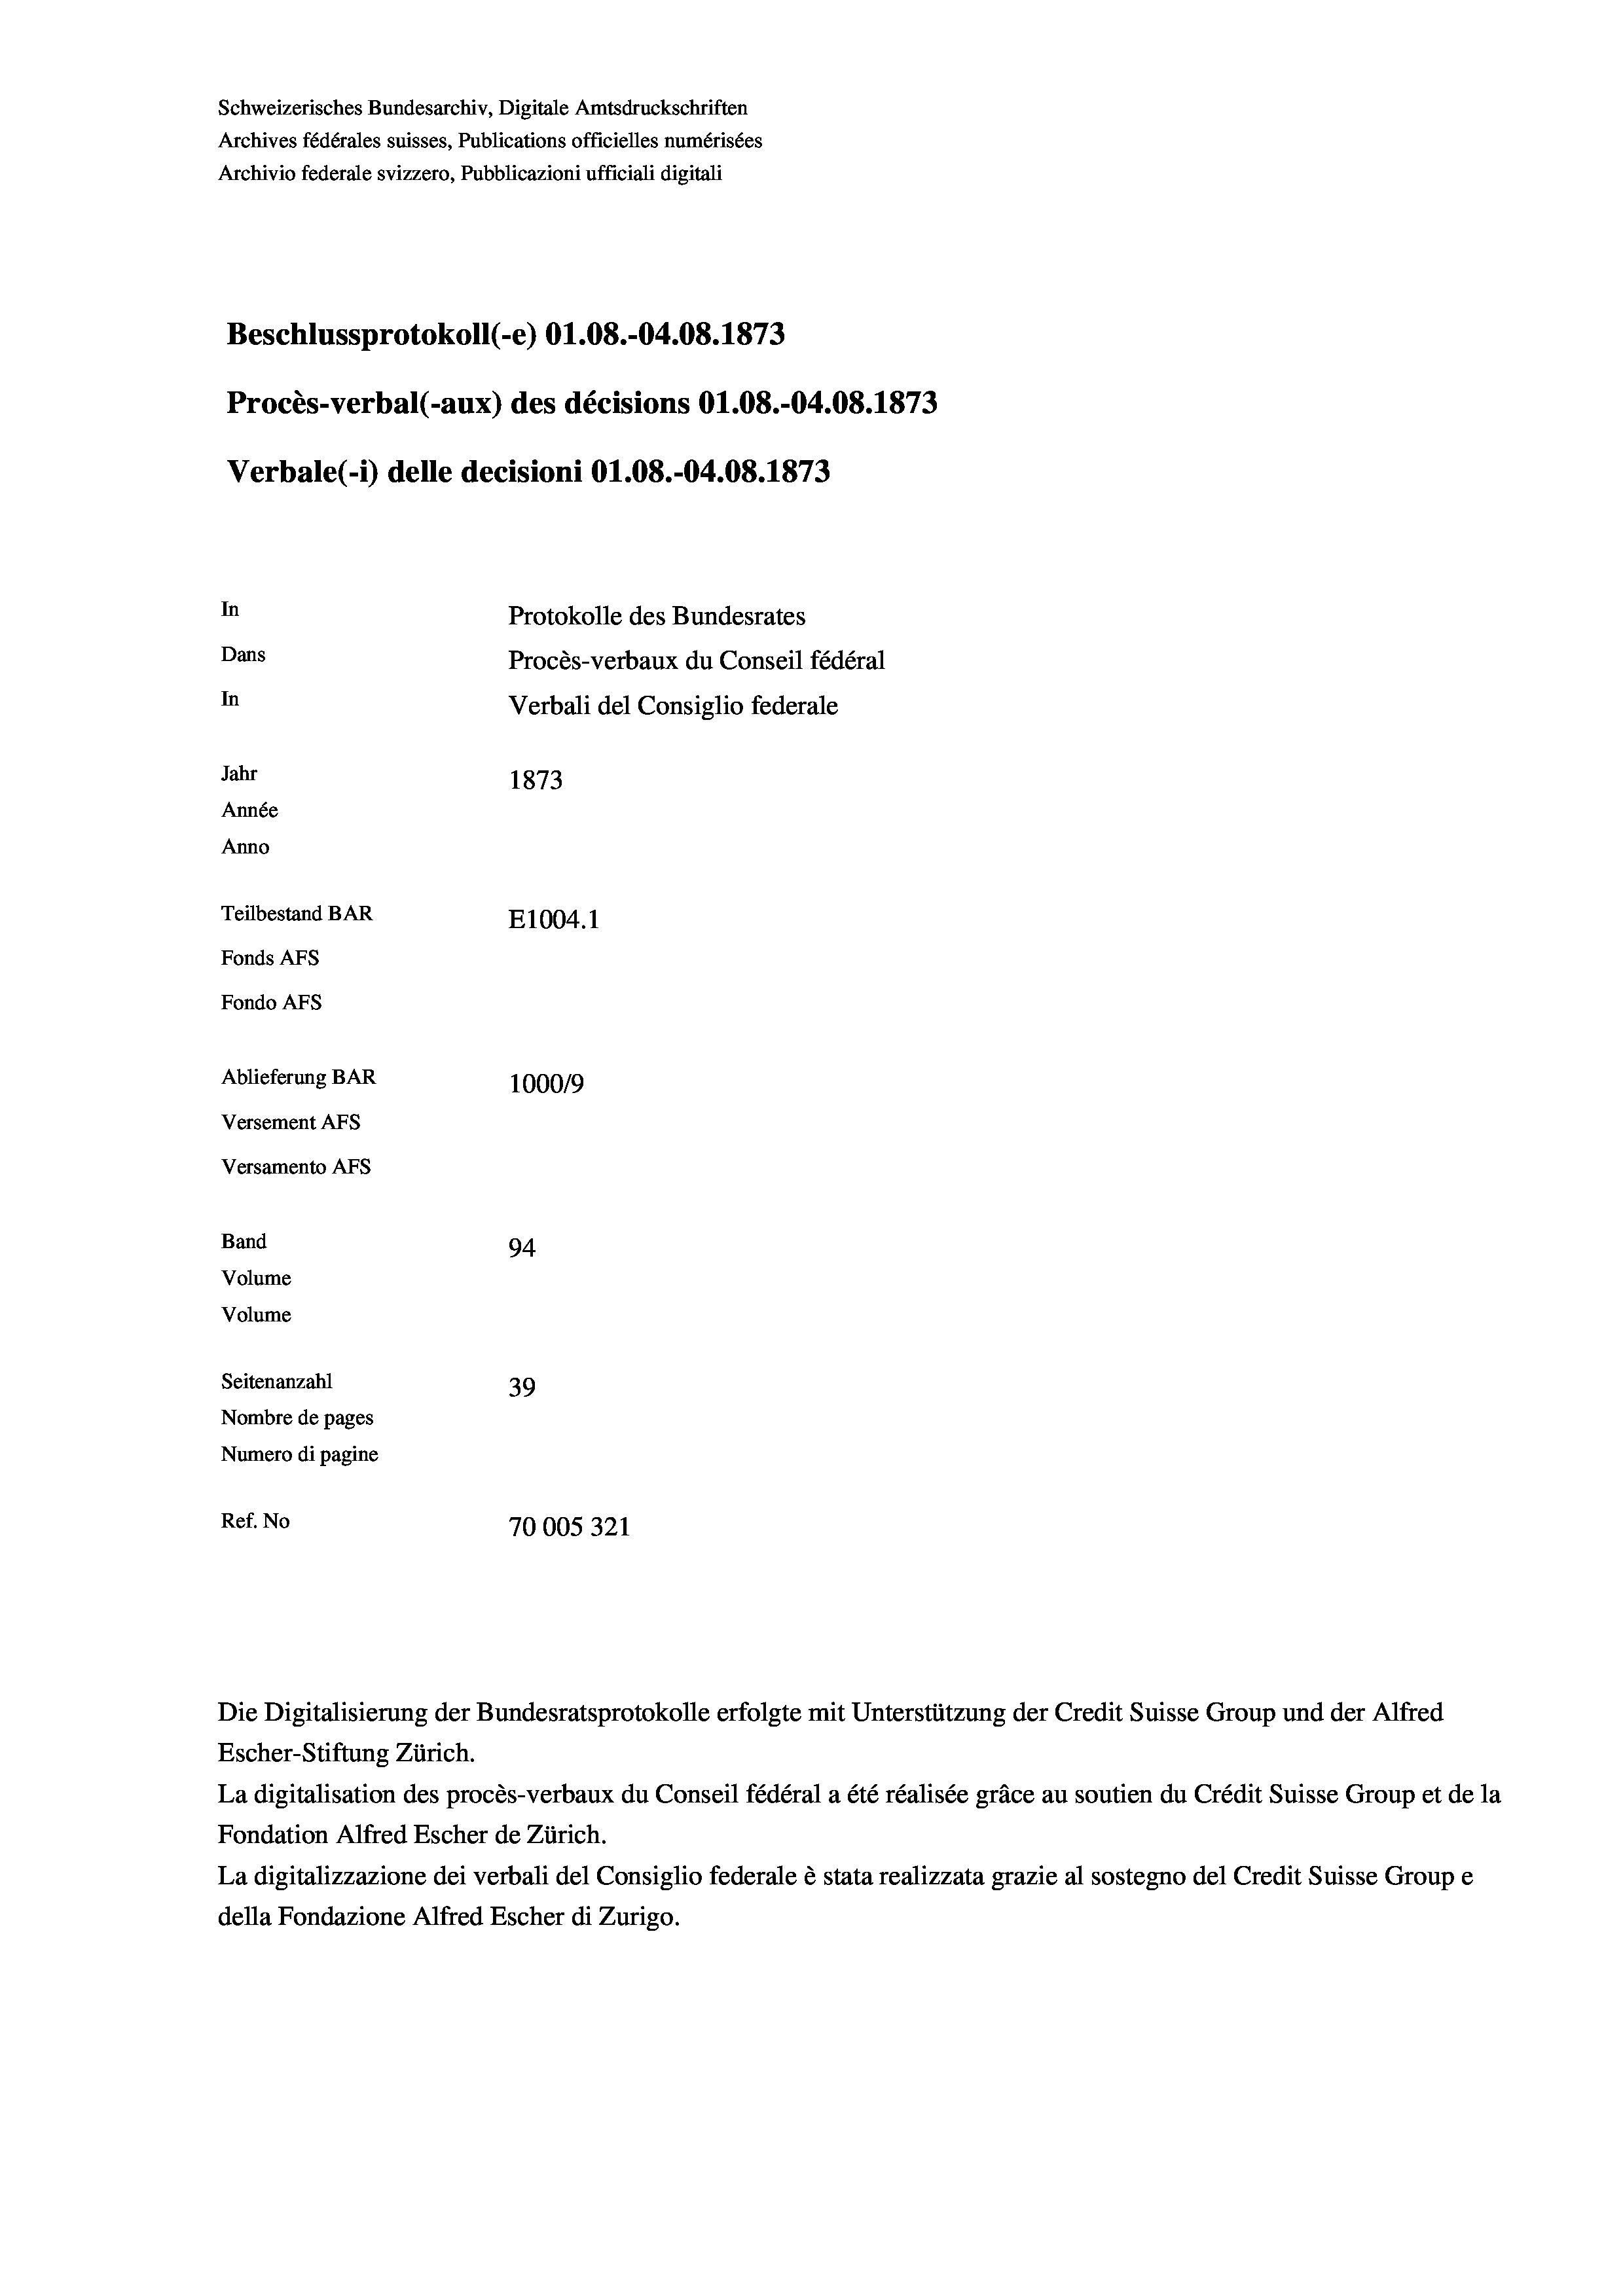
Schweizerisches Bundesarchiv, Digitale Amtsdruckschriften
Archives fédérales suisses, Publications officielles numérisées
Archivio federale svizzero, Pubblicazioni ufficiali digitali
Beschlussprotokoll (-e) 01.08.-04.08. 1873
Procès-verbal (-aux) des décisions O1.08.-04.08. 1873
Verbale(-*) delle decisioni O1.08.-04.08. 1873
In
Protokolle des Bundesrates
Dans
Procès-verbaux du Conseil fédéral
In
Verbali del Consiglio federale
Jahr
1873
Année
Anno
Teilbestand BAR
E1004. 1
Fonds AFs
Fondo AFS
Ablieferung BAR
100019
Versement AFs
Versamento Afs
Band
94.
Volume
Volume

Ref. No

Seitenanzahl
39
Nombre de pages
Numero di pagine
70005321

Escher-Stiftung Zürich.
La digitalisation des procès-verbaux du Conseil fédéral a été réalisée gräce au soutien du Crédit Suisse Group et de la
Fondation Alfred Escher de Zürich.
La digitalizzazione dei verbali del Consiglio federale è stata realizzata grazie al sostegno del Credit Suisse Groupe
della Fondazione Alfred Escher di Zurigo.

Die Digitalisierung der Bundesratsprotokolle erfolgte mit Unterstützung der Credit Suisse Group und der Alfred